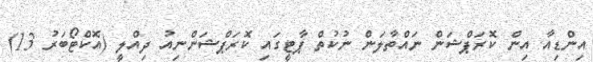
އިންޑިއާ އިން ކޮރަޕްޝަން ނައްތާލަން ނުކުތް ޕާޓީގައި ކޮރަޕްޝަންނިއު ދިއްލީ (އޮކްޓޯބަރު 13)